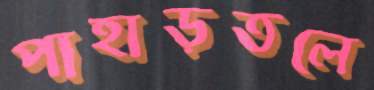
পাহাড়তলে